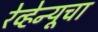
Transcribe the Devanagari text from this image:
रेव्हेन्यूचा